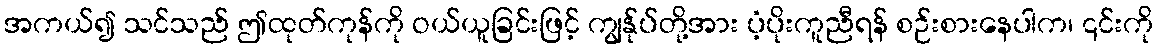
အကယ်၍ သင်သည် ဤထုတ်ကုန်ကို ဝယ်ယူခြင်းဖြင့် ကျွန်ုပ်တို့အား ပံ့ပိုးကူညီရန် စဉ်းစားနေပါက၊ ၎င်းကို